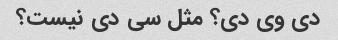
دی وی دی؟ مثل سی دی نیست؟